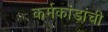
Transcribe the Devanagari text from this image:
कर्मकांडांची